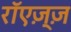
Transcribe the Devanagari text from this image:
रॉएज़्ज़